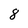
Character: 8